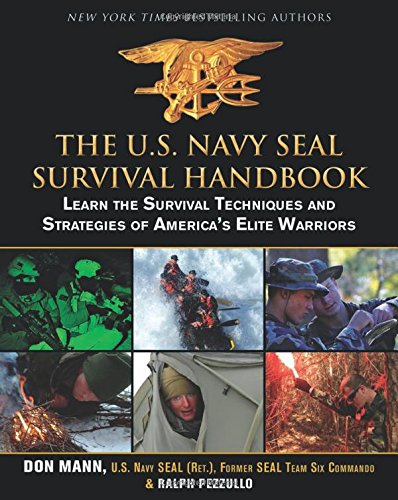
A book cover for The U.S. Navy SEAL Survival Handbook: Learn the Survival Techniques and Strategies of America's Elite Warriors; Don Mann; History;